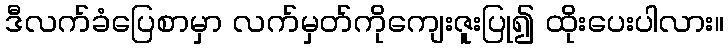
ဒီလက်ခံပြေစာမှာ လက်မှတ်ကိုကျေးဇူးပြု၍ ထိုးပေးပါလား။